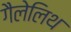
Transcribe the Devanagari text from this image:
गैलेलिथ